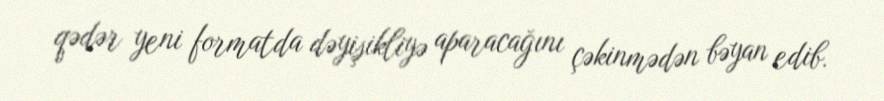
qədər yeni formatda dəyişikliyə aparacağını çəkinmədən bəyan edib.